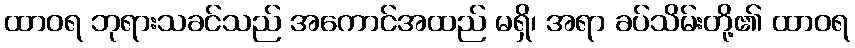
ထာဝရ ဘုရားသခင်သည် အကောင်အထည် မရှိ၊ အရာ ခပ်သိမ်းတို့၏ ထာဝရ